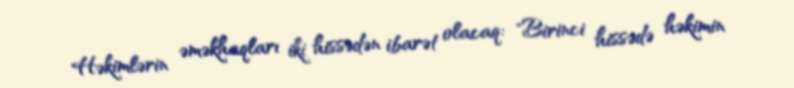
Həkimlərin əməkhaqları iki hissədən ibarət olacaq: "Birinci hissədə həkimin